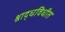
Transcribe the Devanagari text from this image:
श्राद्धविधीत